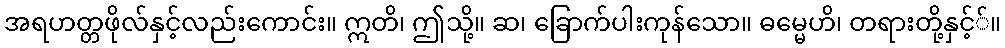
အရဟတ္တဖိုလ်နှင့်လည်းကောင်း။ ဣတိ၊ ဤသို့။ ဆ၊ ခြောက်ပါးကုန်သော။ ဓမ္မေဟိ၊ တရားတို့နှင့််။